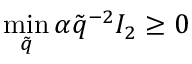
\operatorname* { m i n } _ { \tilde { q } } { \alpha \tilde { q } ^ { - 2 } I _ { 2 } } \geq 0